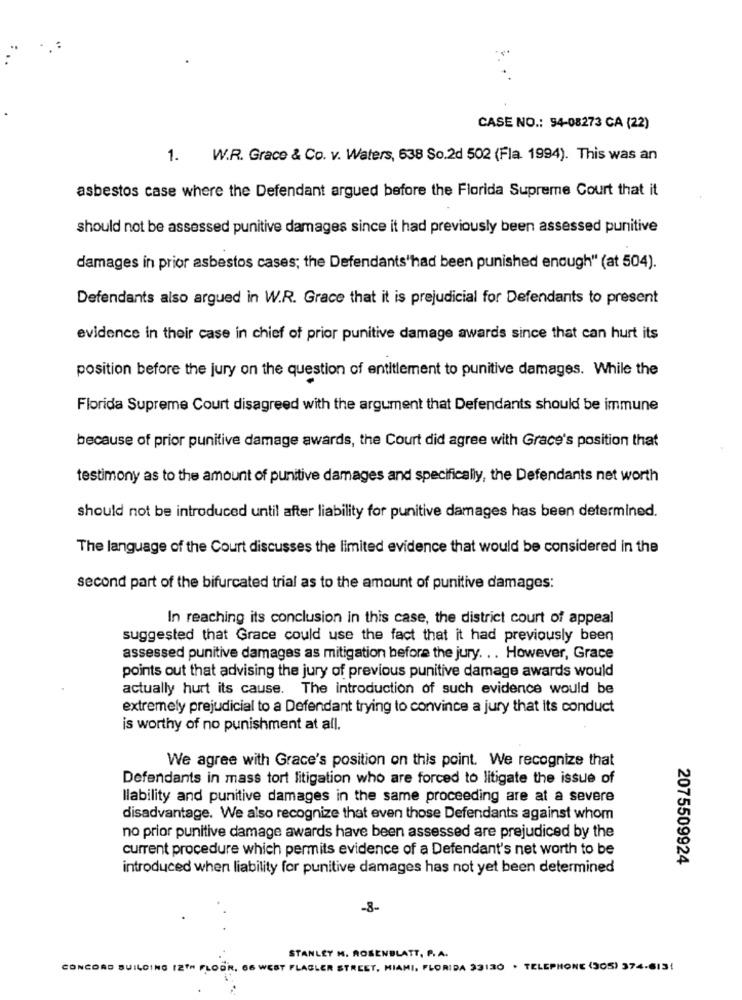
CASE NO .: 94-08273 CA (22)
1. W.R. Grace & Co. v. Waters, 638 So.2d 502 (Fla. 1994). This was an
asbestos case where the Defendant argued before the Florida Supreme Court that it
should not be assessed punitive damages since it had previously been assessed punitive
damages in prior asbestos cases; the Defendants'had been punished enough" (at 504).
Defendants also argued in W.R. Grace that it is prejudicial for Defendants to present
evidence in their case in chief of prior punitive damage awards since that can hurt its
position before the jury on the question of entitlement to punitive damages. While the
Florida Supreme Court disagreed with the argument that Defendants should be immune
because of prior punitive damage awards, the Court did agree with Grace's position that
testimony as to the amount of punitive damages and specifically, the Defendants net worth
should not be introduced until after liability for punitive damages has been determined.
The language of the Court discusses the limited evidence that would be considered in the
second part of the bifurcated trial as to the amount of punitive damages:
In reaching its conclusion in this case, the district court of appeal
suggested that Grace could use the fact that it had previously been
assessed punitive damages as mitigation before the jury. .. However, Grace
points out that advising the jury of previous punitive damage awards would
actually hurt its cause. The introduction of such evidence would be
extremely prejudicial to a Defendant trying to convince a jury that its conduct
is worthy of no punishment at all.
We agree with Grace's position on this point. We recognize that
Defendants in mass tort litigation who are forced to litigate the issue of
Ilability and punitive damages in the same proceeding are at a severe
disadvantage. We also recognize that even those Defendants against whom
no prior punitive damage awards have been assessed are prejudiced by the
current procedure which permits evidence of a Defendant's net worth to be
2075509924
introduced when liability for punitive damages has not yet been determined
-8-
STANLEY M. ROSENBLATT, P. A.
CONCORD BUILDING 12TH FLOOR, 66 WEST FLAGLER STREET, MIAMI, FLORIDA 33130 . TELEPHONE (305) 374-6131